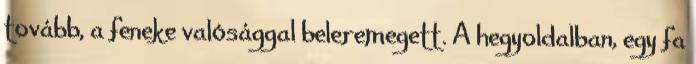
tovább, a feneke valósággal beleremegett. A hegyoldalban, egy fa